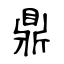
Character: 鼎